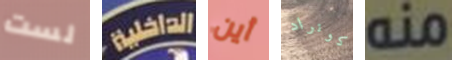
لست الداخلية أين كونراد منه